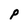
Character: p